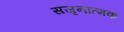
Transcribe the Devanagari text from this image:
सजृनात्मक